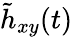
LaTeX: \tilde{h}_{xy}(t)